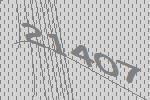
21407